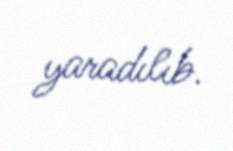
yaradılıb.